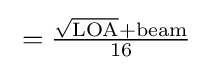
{\textstyle {}={{\sqrt {\text{LOA}}}+{\text{beam}} \over 16}}